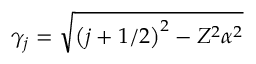
\gamma _ { j } = \sqrt { \left( j + 1 / 2 \right) ^ { 2 } - Z ^ { 2 } \alpha ^ { 2 } }